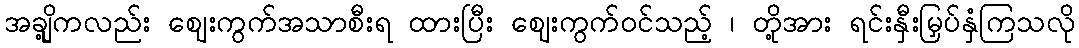
အချို့ကလည်း ဈေးကွက်အသာစီးရ ထားပြီး ဈေးကွက်ဝင်သည့် ၊ တို့အား ရင်းနှီးမြှပ်နှံကြသလို